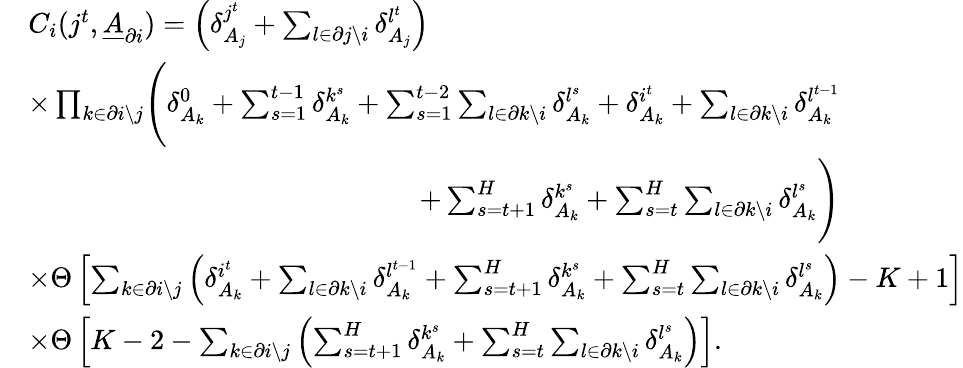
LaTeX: \begin{array}{rl}&{C_{i}(j^{t},\underline{{A}}_{\partial i})=\left(\delta_{A_{j}}^{j^{t}}+\sum_{l\in\partial j\backslash i}\delta_{A_{j}}^{l^{t}}\right)}\\ &{\begin{array}{r}{\times\prod_{k\in\partial i\backslash j}\Biggl(\delta_{A_{k}}^{0}+\sum_{s=1}^{t-1}\delta_{A_{k}}^{k^{s}}+\sum_{s=1}^{t-2}\sum_{l\in\partial k\backslash i}\delta_{A_{k}}^{l^{s}}+\delta_{A_{k}}^{i^{t}}+\sum_{l\in\partial k\backslash i}\delta_{A_{k}}^{l^{t-1}}}\\ {+\sum_{s=t+1}^{H}\delta_{A_{k}}^{k^{s}}+\sum_{s=t}^{H}\sum_{l\in\partial k\backslash i}\delta_{A_{k}}^{l^{s}}\Biggr)}\end{array}}\\ &{\times\Theta\left[\sum_{k\in\partial i\backslash j}\left(\delta_{A_{k}}^{i^{t}}+\sum_{l\in\partial k\backslash i}\delta_{A_{k}}^{l^{t-1}}+\sum_{s=t+1}^{H}\delta_{A_{k}}^{k^{s}}+\sum_{s=t}^{H}\sum_{l\in\partial k\backslash i}\delta_{A_{k}}^{l^{s}}\right)-K+1\right]}\\ &{\times\Theta\left[K-2-\sum_{k\in\partial i\backslash j}\left(\sum_{s=t+1}^{H}\delta_{A_{k}}^{k^{s}}+\sum_{s=t}^{H}\sum_{l\in\partial k\backslash i}\delta_{A_{k}}^{l^{s}}\right)\right].}\end{array}